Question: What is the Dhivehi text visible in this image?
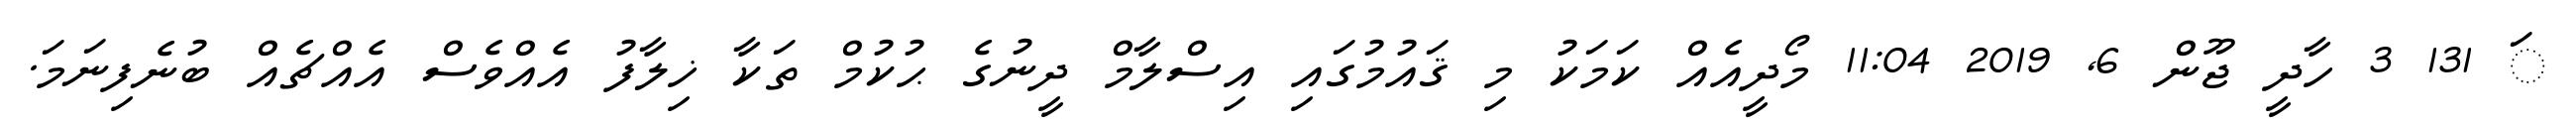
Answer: ަ 131 3 ހާދީ ޖޫން 6, 2019 11:04 މޯދީއެއް ކަމަކު މި ޤައުމުގައި އިސްލާމް ދީނުގެ ޙުކުމް ތަކާ ޚިލާފު އެއްވެސް އެއްޗެއް ބުނެފިނަމަ.